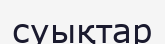
суықтар